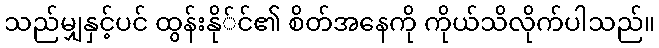
သည်မျှနှင့်ပင် ထွန်းနို်င်၏ စိတ်အနေကို ကိုယ်သိလိုက်ပါသည်။